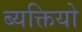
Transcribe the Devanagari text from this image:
ब्यक्तियो